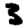
Digit: 3